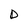
Character: D